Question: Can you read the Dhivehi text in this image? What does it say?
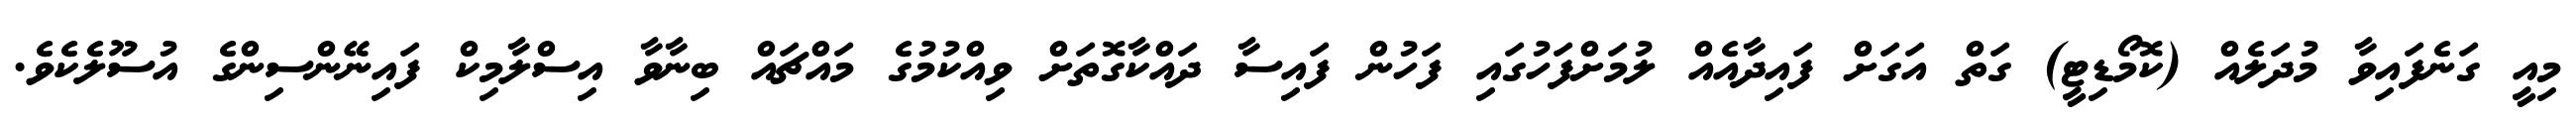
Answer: މިއީ ގަނެފައިވާ މުދަލެއް (ކޮމޯޑިޓީ) ގަތް އަގަށް ފައިދާއެއް ލުމަށްފަހުގައި ފަހުން ފައިސާ ދައްކާގޮތަށް ވިއްކުމުގެ މައްޗައް ބިނާވާ އިސްލާމިކް ފައިނޭންސިންގެ އުސޫލެކެވެ.